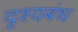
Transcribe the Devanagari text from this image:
दृश्यबंध